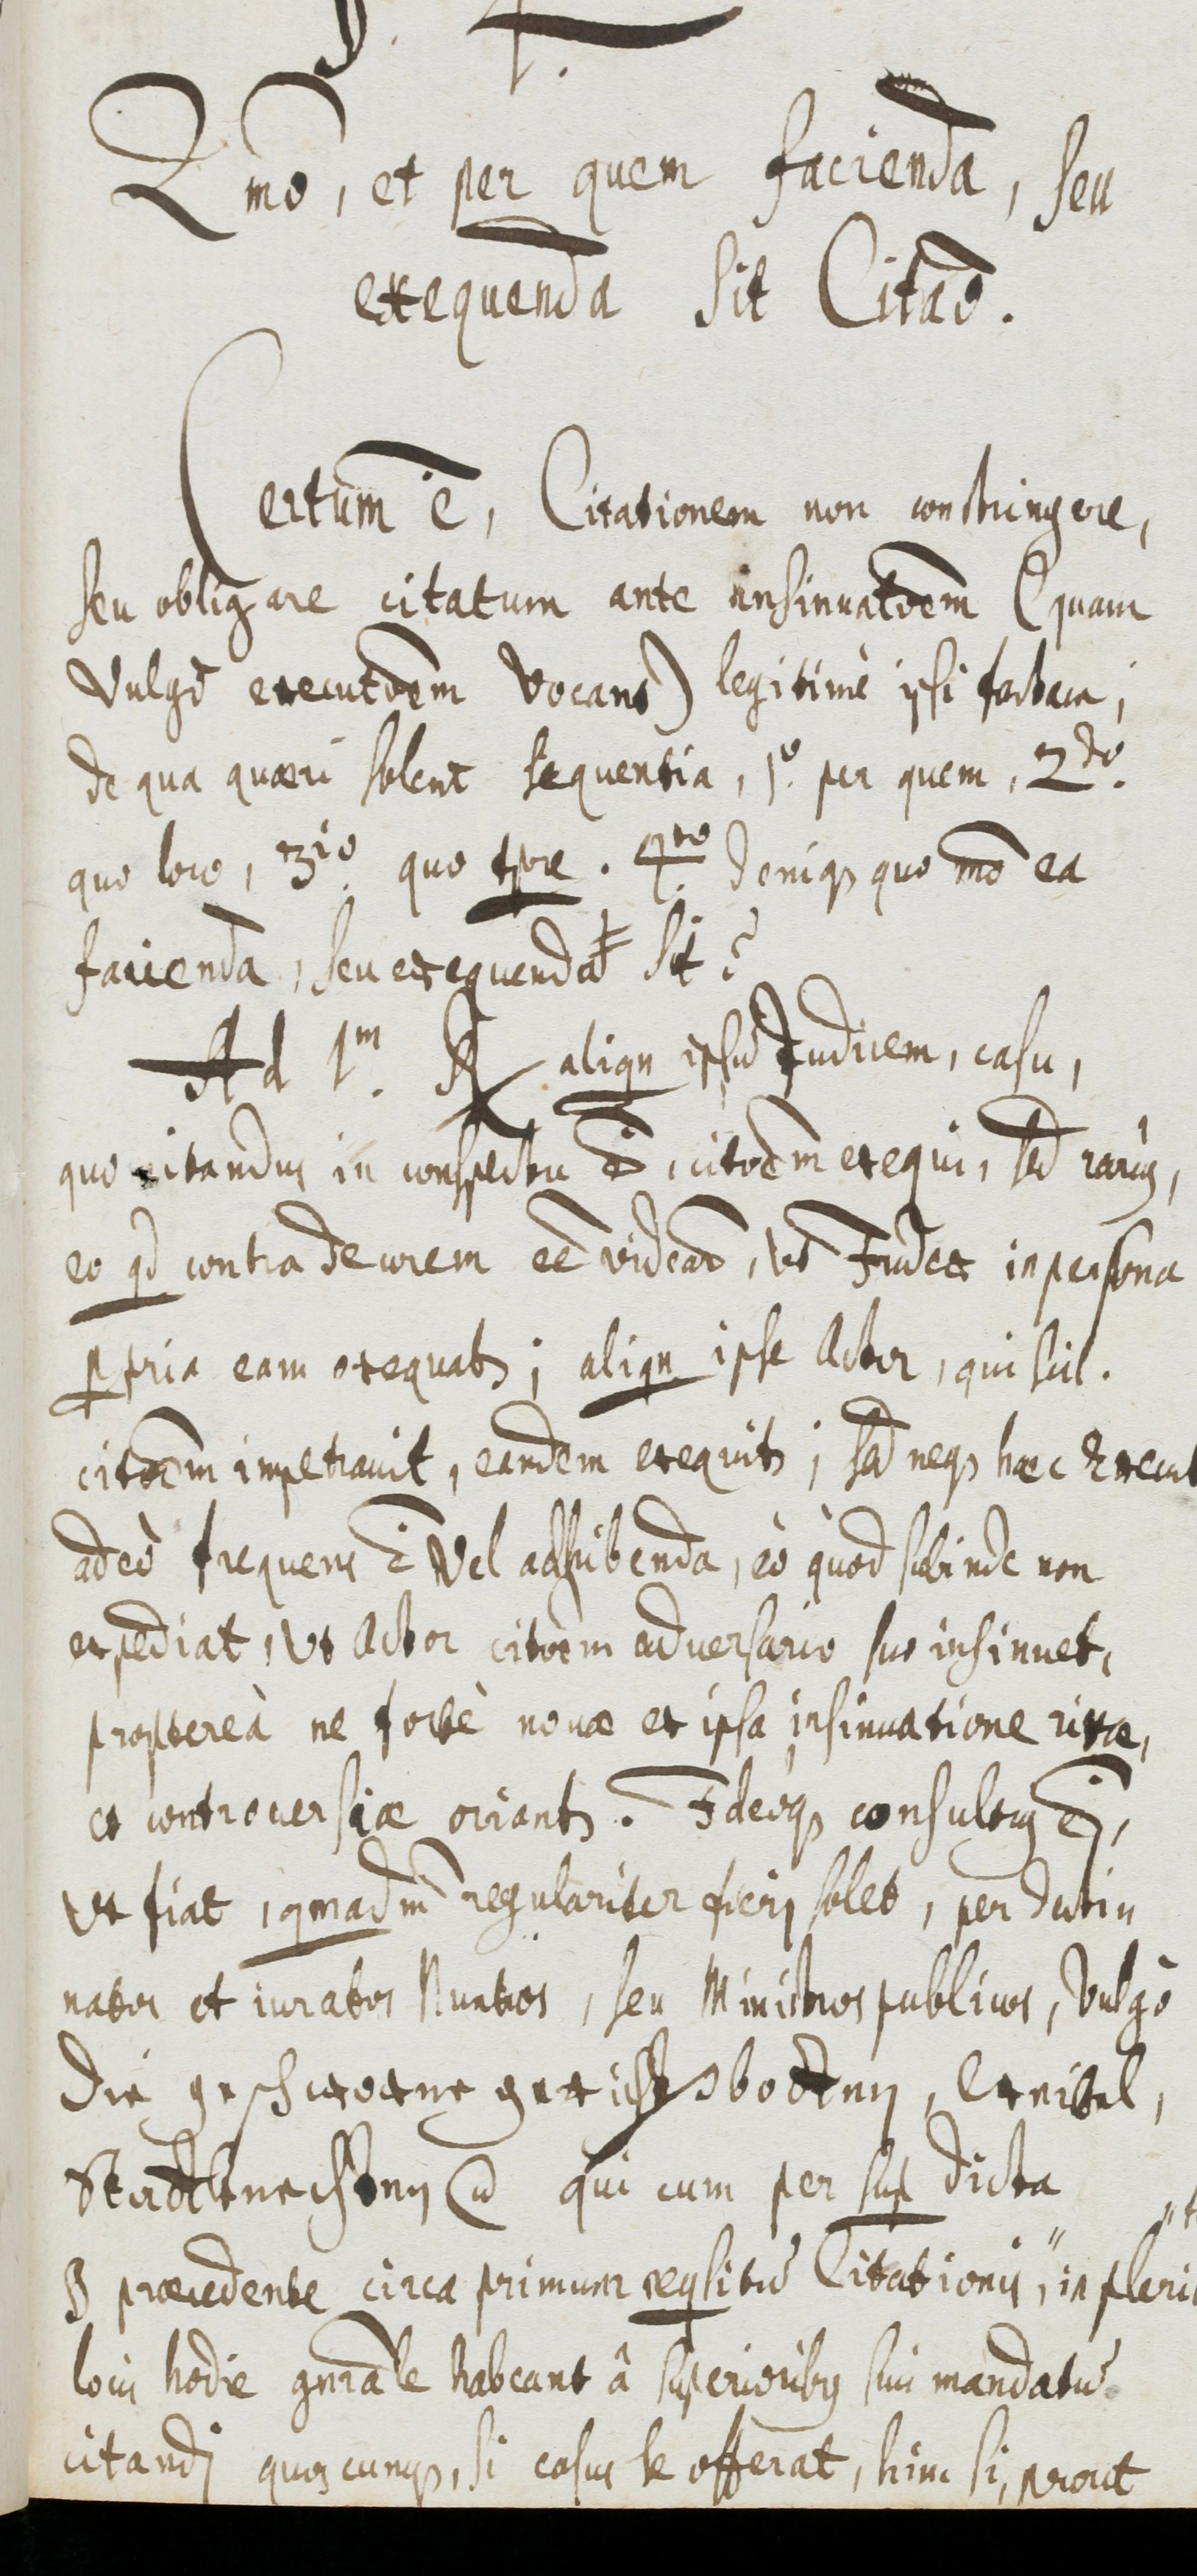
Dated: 1655–1655